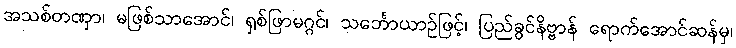
အသစ်တဏှာ၊ မဖြစ်သာအောင်၊ ရှစ်ဖြာမဂ္ဂင်၊ သင်္ဘောယာဉ်ဖြင့်၊ ပြည်ခွင်နိဗ္ဗာန် ရောက်အောင်ဆန်မှ၊